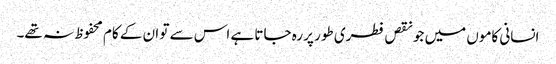
انسانی کاموں میں جو نقص فطری طور پر رہ جاتا ہے اس سے تو ان کے کام محفوظ نہ تھے۔